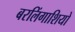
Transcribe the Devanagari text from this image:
बरलिंगाशियो